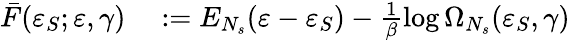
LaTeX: \begin{array}{rl}{\bar{F}(\varepsilon_{S};\varepsilon,\gamma)}&{{}:=E_{N_{s}}(\varepsilon-\varepsilon_{S})-\frac{1}{\beta}\log{\Omega_{N_{s}}(\varepsilon_{S},\gamma)}}\end{array}